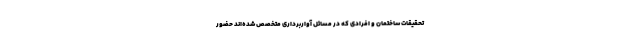
تحقیقات ساختمان و افرادی که در مسائل آواربرداری متخصص شده‌اند حضور